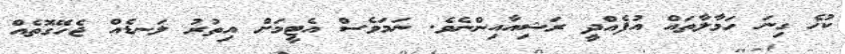
ކުޚެ ގިނަ ހަމާލާތައް އުފެއްދީ ރަޝިއާއިންނެވެ. ނަމަވެސް އެޓީމަށް އިތުރު ލަނޑެއް ޖެހޭގޮތެއް